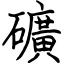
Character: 礦